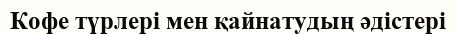
Кофе түрлері мен қайнатудың әдістері